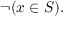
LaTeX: \neg ( x \in S ) .